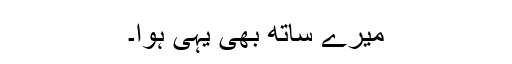
میرے ساتھ بھی یہی ہوا۔